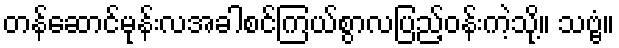
တန်ဆောင်မုန်းလအခါစင်ကြယ်စွာလပြည့်ဝန်းကဲ့သို့။ သဗ္ဗံ။